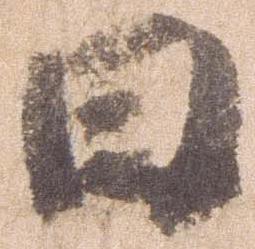
日